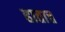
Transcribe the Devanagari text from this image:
हातात्त